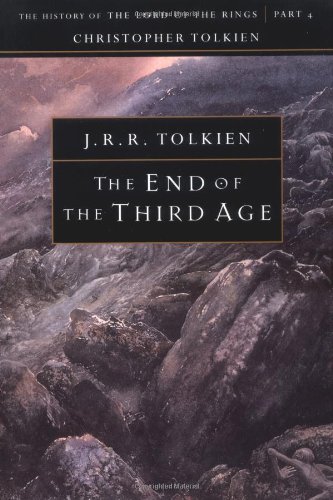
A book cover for The End of the Third Age (The History of the Lord of the Rings, Part 4); J.R.R. Tolkien; Science Fiction & Fantasy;